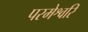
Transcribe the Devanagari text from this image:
परमेश्वरि